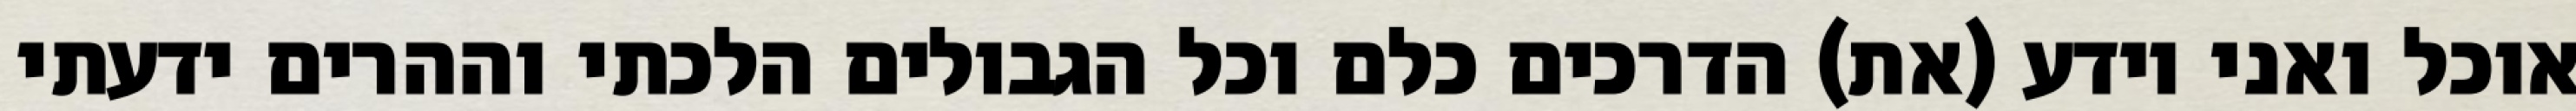
אוכל ואני יודע (את) הדרכים כלם וכל הגבולים הלכתי וההרים ידעתי